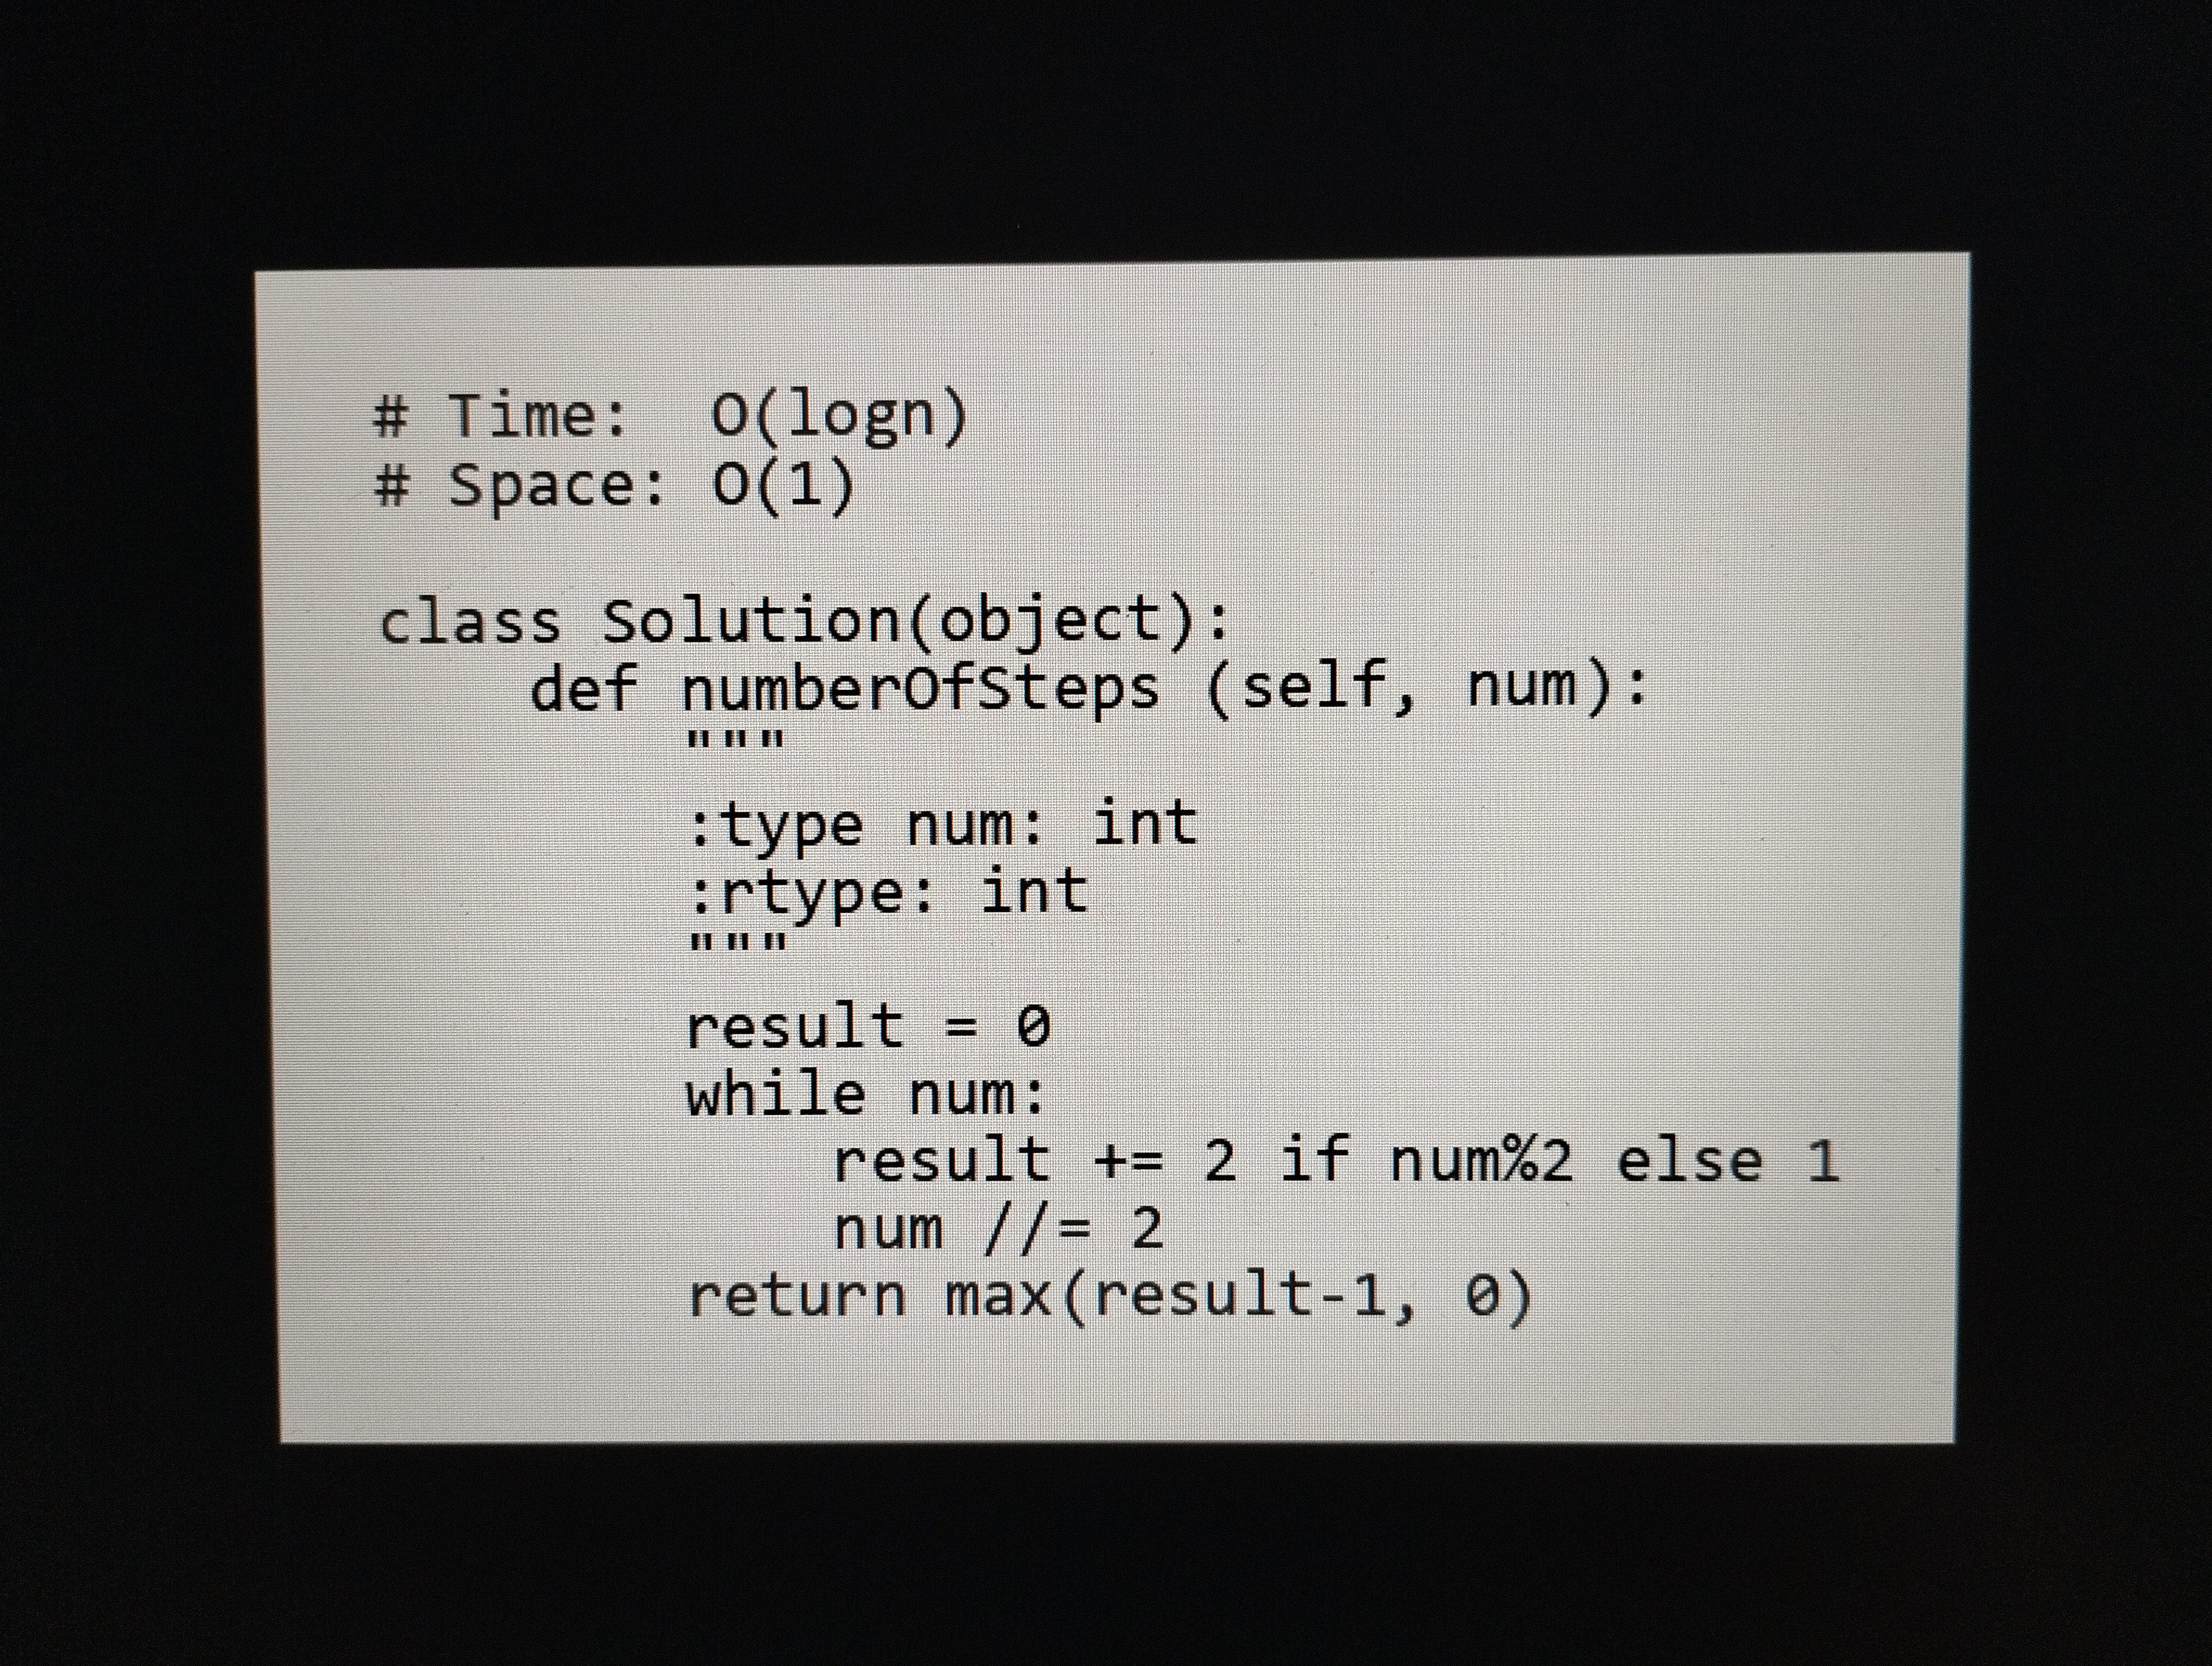
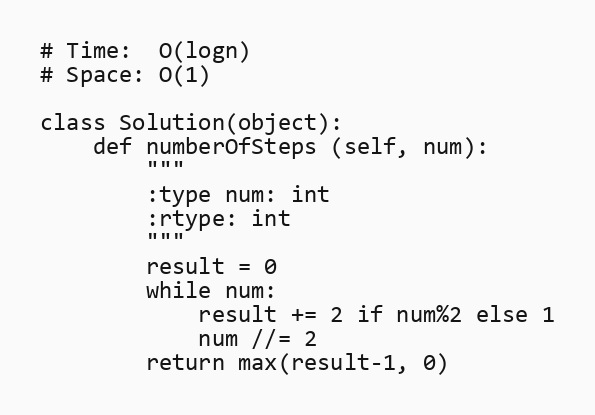
# Time:  O(logn)
# Space: O(1)

class Solution(object):
    def numberOfSteps (self, num):
        """
        :type num: int
        :rtype: int
        """
        result = 0
        while num:
            result += 2 if num%2 else 1
            num //= 2
        return max(result-1, 0)